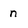
Character: n